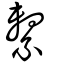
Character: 繫